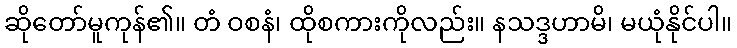
ဆိုတော်မူကုန်၏။ တံ ဝစနံ၊ ထိုစကားကိုလည်း။ နသဒ္ဒဟာမိ၊ မယုံနိုင်ပါ။